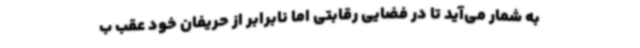
به شمار می‌آید تا در فضایی رقابتی اما نابرابر از حریفان خود عقب ب